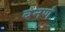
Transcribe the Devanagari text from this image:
बनणं